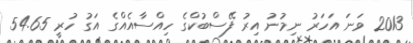
2013 ވަނަ އަހަރު ނިމުނު އިރު ފޭސްބުކްގެ ހިއްސާއެއްގެ އަގު ހުރީ 54.65